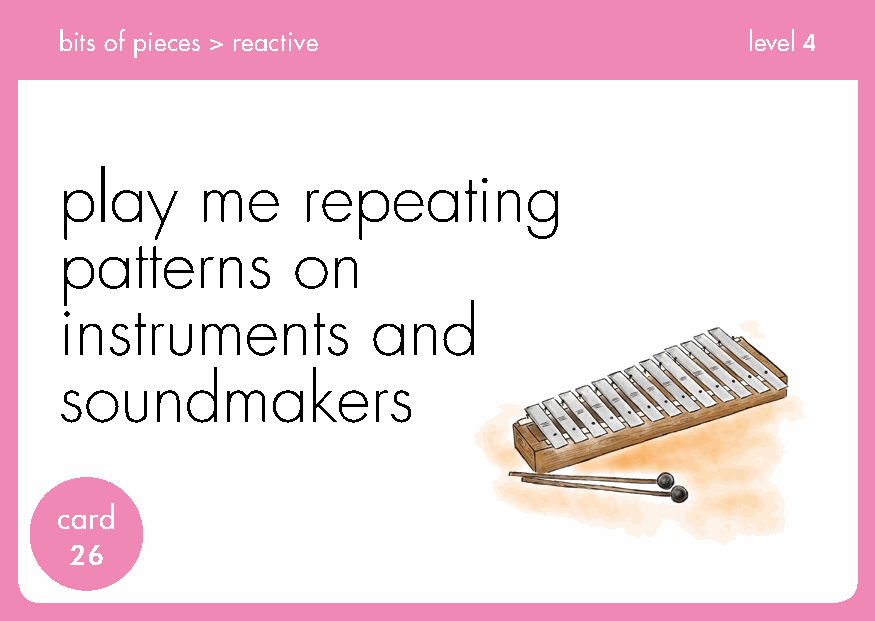
bits of pieces > reactive                    level 4
 play     me     repeating
 patterns       on
 instruments          and
 soundmakers
 card
 26